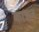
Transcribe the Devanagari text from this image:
काञ्चन